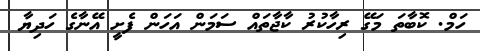
ހަމް. ކޮބާތަ މަގޭ ރިހާކުރު ކާޖާތައް ސަމަން އަހަން ފެށީ އޭނާގެ ހަދިޔާ